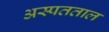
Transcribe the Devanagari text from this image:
अस्पतताल